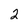
Character: 2